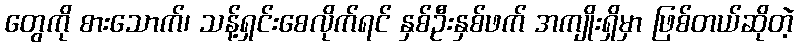
တွေကို စားသောက်၊ သန့်ရှင်းစေလိုက်ရင် နှစ်ဦးနှစ်ဖက် အကျိုးရှိမှာ ဖြစ်တယ်ဆိုတဲ့